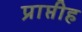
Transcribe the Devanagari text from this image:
प्राप्तीह